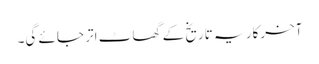
آخرکار یہ تاریخ کے گھاٹ اتر جائے گی۔